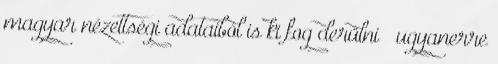
magyar nézettségi adataiból is ki fog derülni – ugyanerre